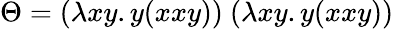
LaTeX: \Theta=(\lambda xy.y(xxy))\ (\lambda xy.y(xxy))